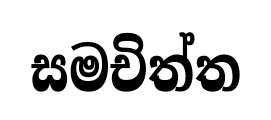
සමචිත්ත